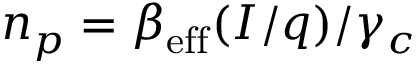
n _ { p } = \beta _ { \mathrm { e f f } } ( I / q ) / \gamma _ { c }